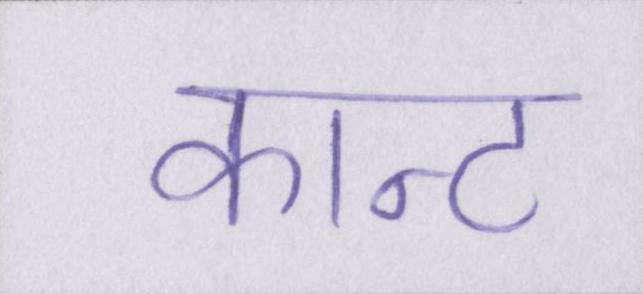
कान्ट